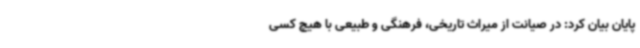
پایان بیان کرد: در صیانت از میراث تاریخی، فرهنگی و طبیعی با هیچ کسی